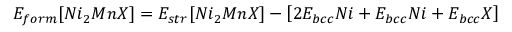
E _ { f o r m } [ N i _ { 2 } M n X ] = E _ { s t r } [ N i _ { 2 } M n X ] - \left[ 2 E _ { b c c } N i + E _ { b c c } N i + E _ { b c c } X \right]